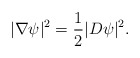
\begin{align*}|\nabla\psi|^2=\frac{1}{2}|D\psi|^2.\end{align*}